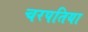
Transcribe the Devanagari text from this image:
चरपतिया